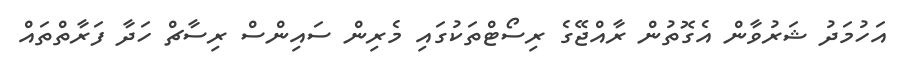
އަހުމަދު ޝަރުވާން އެގޮތުން ރާއްޖޭގެ ރިސޯޓްތަކުގައި މެރިން ސައިންސް ރިސާޗް ހަދާ ފަރާތްތައް